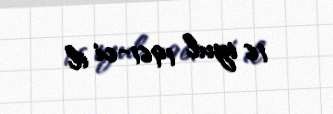
16 iyul 1961-ci il